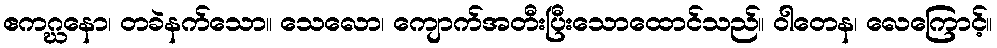
ဧကဂ္ဃနော၊ တခဲနက်သော။ သေလော၊ ကျောက်အတီးပြီးသောထောင်သည်။ ဝါတေန၊ လေကြောင့်။